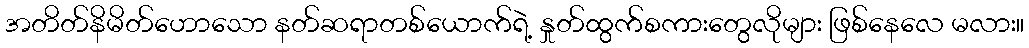
အတိတ်နိမိတ်ဟောသော နတ်ဆရာတစ်ယောက်ရဲ့ နှုတ်ထွက်စကားတွေလိုများ ဖြစ်နေလေ မလား။